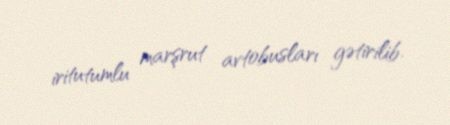
iritutumlu marşrut avtobusları gətirilib.